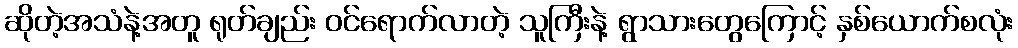
ဆိုတဲ့အသံနဲ့အတူ ရုတ်ချည်း ဝင်ရောက်လာတဲ့ သူကြီးနဲ့ ရွာသားတွေကြောင့် နှစ်ယောက်စလုံး